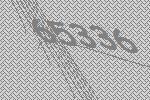
65336